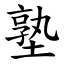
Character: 塾